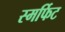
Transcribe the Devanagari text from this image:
स्मर्फिट